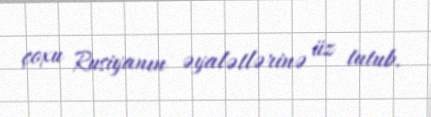
çoxu Rusiyanın əyalətlərinə üz tutub.